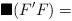
LaTeX: \begin{align*}\blacksquare(F'F)= \end{align*}